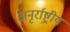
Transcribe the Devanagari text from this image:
अनृर्राष्ट्रीय